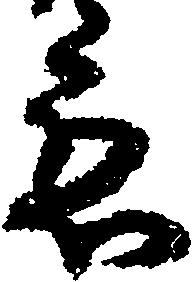
応